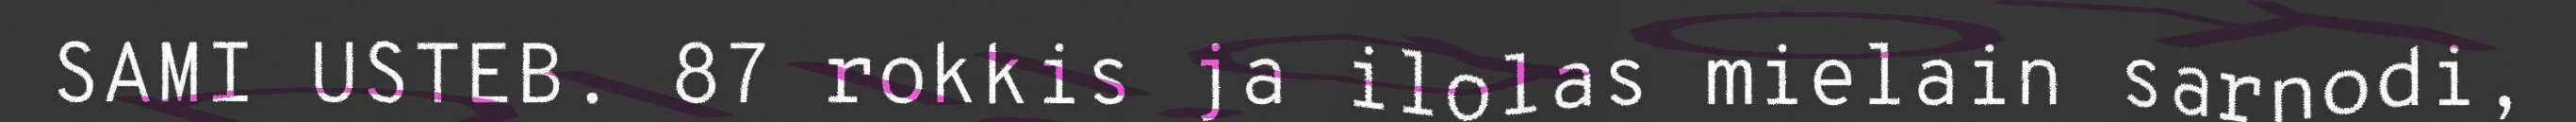
SAMI USTEB. 87 rokkis ja ilolas mielain sarnodi,